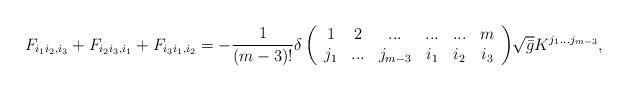
LaTeX: \begin{align*}F_{i_1 i_2 , i_3} + F_{i_2 i_3 , i_1} + F_{i_3 i_1 , i_2} = - \frac{1}{(m-3)!} \delta \left( \begin{array}{cccccc} 1& 2& ...&...&...&m \\ j_1& ...& j_{m-3}& i_1& i_2& i_3 \end{array} \right)\hspace{-1mm}\sqrt{\bar{g}} K^{j_1 ... j_{m-3}} ,\end{align*}